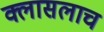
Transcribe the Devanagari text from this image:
क्लासलाच